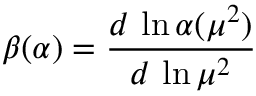
\beta ( \alpha ) = \frac { d \, \ln \alpha ( \mu ^ { 2 } ) } { d \, \ln \mu ^ { 2 } }